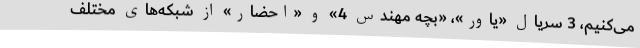
می‌کنیم، 3 سریال «یاور»، «بچه مهندس 4» و «احضار» از شبکه‌های مختلف